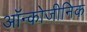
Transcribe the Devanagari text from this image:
ऑन्कोजीनिक